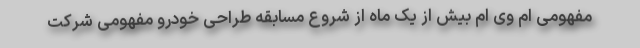
مفهومی ام وی ام بیش از یک ماه از شروع مسابقه طراحی خودرو مفهومی شرکت